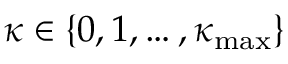
\kappa \in \{ 0 , 1 , \ldots , \kappa _ { \mathrm { m a x } } \}